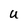
Character: U